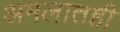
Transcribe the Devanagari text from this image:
अमलातही